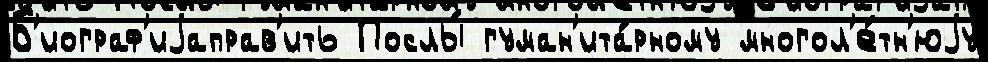
Б'иограф'иjаправ'ить Послы́ гуман'ита́рному многол'е́тн'юjу